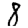
Digit: 8